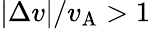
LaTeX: |\Delta v|/v_{\mathrm{A}}>1